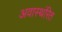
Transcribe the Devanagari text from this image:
अवास्थंरित